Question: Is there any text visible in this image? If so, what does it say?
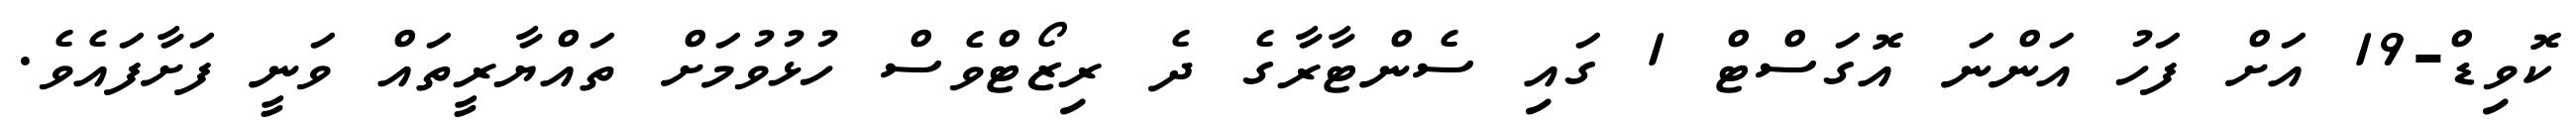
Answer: ކޮވިޑް-19 އަށް ފަހު އަންނަ އޮގަސްޓް 1 ގައި ސެންޓާރާގެ ދެ ރިޒޯޓްވެސް ހުޅުވުމަށް ތައްޔާރީތައް ވަނީ ފަށާފައެވެ.